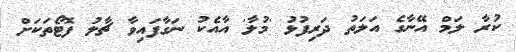
ކުރާ ލަމް އޭނާގެ އަލަތު ދަރިފުޅު 'މުލާ' އާއެކު ނަގާފައިވާ ޗާލު ފޮޓޯތަކަށް